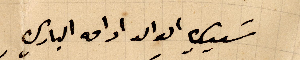
سيدي الوالد ادامه الباري